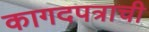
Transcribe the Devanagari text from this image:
कागदपत्राची